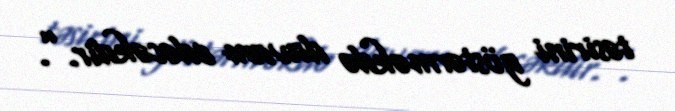
təsirini göstərməkdə davam edəcəkdir.”.